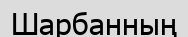
Шарбанның